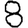
Digit: 8